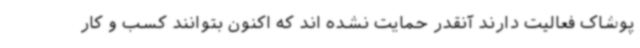
پوشاک فعالیت دارند آنقدر حمایت نشده اند که اکنون بتوانند کسب و کار